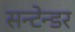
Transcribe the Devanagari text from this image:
सन्टेन्डर